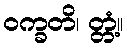
ဝက္ခတိ၊ တ္တံ့။